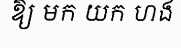
ឱ្យ មក យក ហង